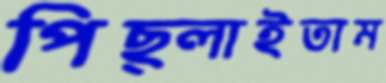
পিছ্‌লাইতাম